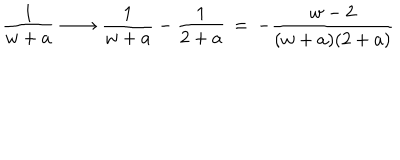
{ \frac { 1 } { w + a } } \, \longrightarrow \, { \frac { 1 } { w + a } } - { \frac { 1 } { 2 + a } } \, = \, - { \frac { w - 2 } { ( w + a ) ( 2 + a ) } }